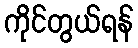
ကိုင်တွယ်ရန်